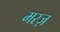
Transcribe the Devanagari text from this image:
मरज़